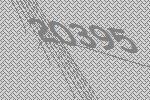
20395